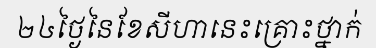
២៤ថ្ងៃនៃខែសីហានេះគ្រោះថ្នាក់